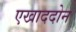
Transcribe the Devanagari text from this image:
एखाददोन